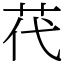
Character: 䒫